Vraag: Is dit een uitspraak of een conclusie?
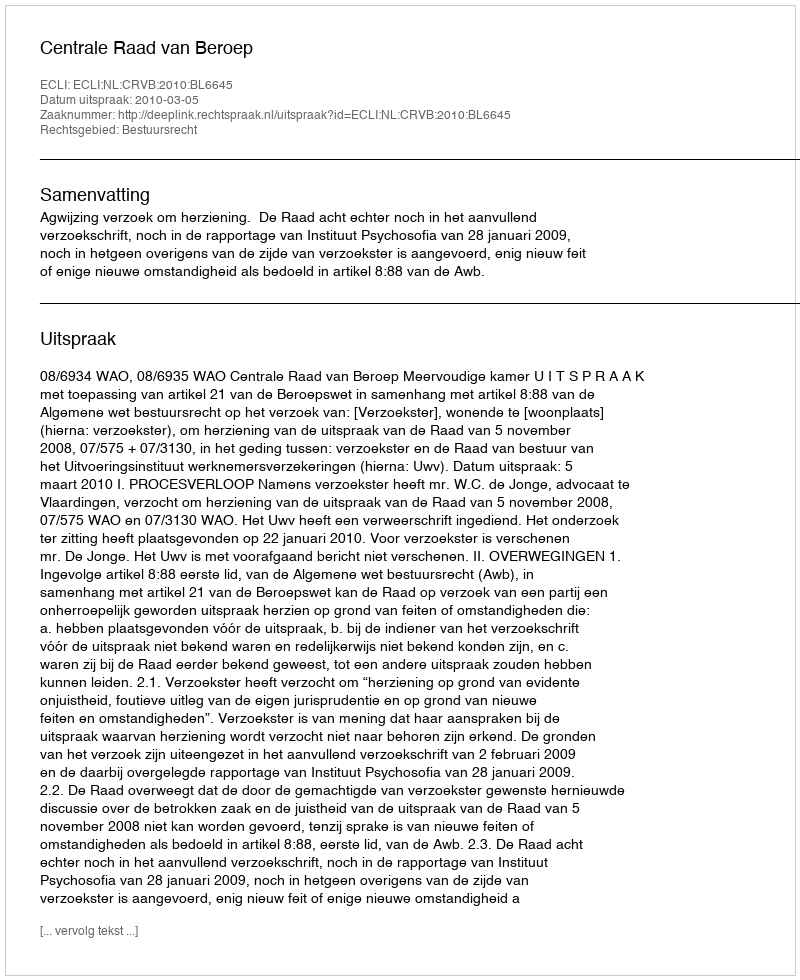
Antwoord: Uitspraak